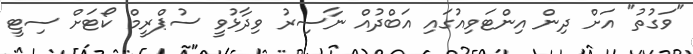
"ވަގުތު" އަށް ދިން އިންޓަވިއުގައި އަބްދުއް ނާސިރު ވިދާޅުވީ ސުޕްރީމް ކޯޓަށް ސިޓީ